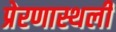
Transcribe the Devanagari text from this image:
प्रेरणास्थली